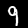
Digit: 9